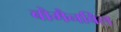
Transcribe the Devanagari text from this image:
बोमैनविल